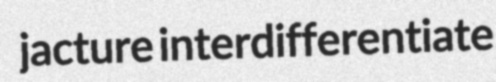
jacture interdifferentiate